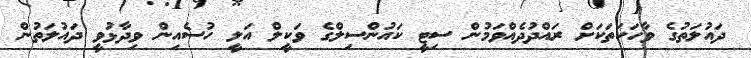
ދައުލަތުގެ ވާހަކަތަކަށް ރައްދުދެއްވަމުން ސިޓީ ކައުންސިލްގެ ވަކީލް އަލީ ހުސެއިން ވިދާޅުވީ ދައުލަތުން